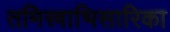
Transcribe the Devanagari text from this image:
तमिस्त्राभिसारिका